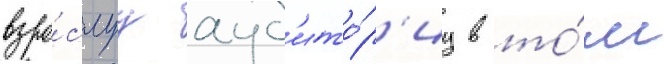
взро́слуу ауд'ито́р'иу в то́м